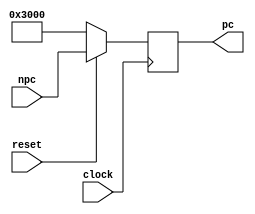
module pc(pc,clock,reset,npc);
output reg [31:0] pc;  //
input clock;
input reset;
input [31:0] npc;  //

always@(posedge clock)
begin
  if(!reset)
  pc <= 32'h0000_3000;
  else 
  pc <= npc;
end

endmodule